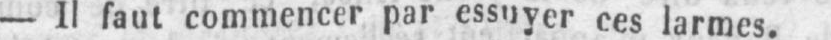
- Il faut commencer par essuyer ces larmes.